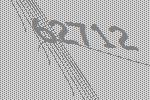
62712